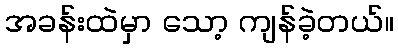
အခန်းထဲမှာ သော့ ကျန်ခဲ့တယ်။